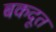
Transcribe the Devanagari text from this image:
बकदूत